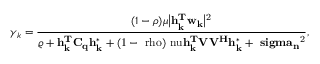
\gamma _ { k } = \frac { ( 1 - \rho ) \mu \big | \bf { h } \mit _ { k } ^ { T } \bf { w } \mit _ { k } \big | \mathrm { ^ 2 } } { \varrho + \bf { h } \mit _ { k } ^ { T } \bf { C _ { q } } \bf { h } \mit _ { k } ^ { * } + \mathrm { ( 1 - \ r h o ) \ n u \bf { h } \mit _ { k } ^ { T } \bf { V } \bf { V } \mit ^ { H } \bf { h } \mit _ { k } ^ { * } + \ s i g m a \mit _ { n } \mathrm { ^ 2 } } } ,